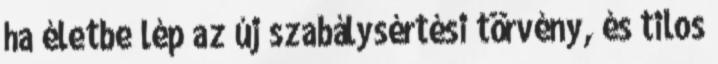
ha életbe lép az új szabálysértési törvény, és tilos